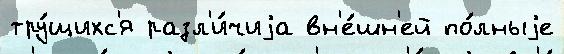
тру́щихс'я разл'и́чиjа вн'е́шн'ей по́лныjе